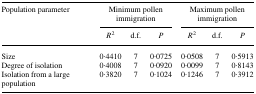
<table><thead><tr><td><b>Population parameter</b></td><td colspan="3"><b>Minimum pollen immigration</b></td><td colspan="3"><b>Maximum pollen immigration</b></td></tr><tr><td></td><td><b><i>R</i><sup>2</sup></b></td><td><b>d.f.</b></td><td><b><i>P</i></b></td><td><b><i>R</i><sup>2</sup></b></td><td><b>d.f.</b></td><td><b><i>P</i></b></td></tr></thead><tbody><tr><td>Size</td><td>0·4410</td><td>7</td><td>0·0725</td><td>0·0508</td><td>7</td><td>0·5913</td></tr><tr><td>Degree of isolation</td><td>0·4008</td><td>7</td><td>0·0920</td><td>0·0099</td><td>7</td><td>0·8143</td></tr><tr><td>Isolation from a large population</td><td>0·3820</td><td>7</td><td>0·1024</td><td>0·1246</td><td>7</td><td>0·3912</td></tr></tbody></table>